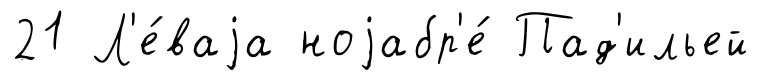
21 Л'е́ваjа ноjабр'е́ Пад'ильей